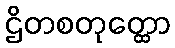
ဌိတစတုတ္ထော